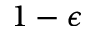
1 - \epsilon